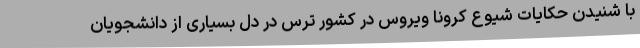
با شنیدن حکایات شیوع کرونا ویروس در کشور ترس در دل بسیاری از دانشجویان